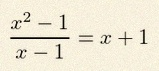
\frac{x^2-1}{x-1}=x+1